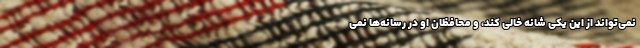
نمی‌تواند از این یکی شانه خالی کند، و محافظان او در رسانه‌ها نمی